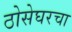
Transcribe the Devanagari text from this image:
ठोसेघरचा